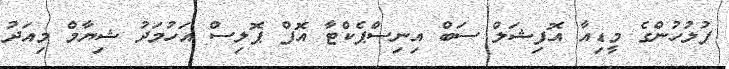
ފުލުހުންގެ މީޑިއާ އޮފިޝަލް ސަބް އިނިސްޕެކްޓާ އޮފް ޕޮލިސް އަހުމަދު ޝިޔާމް މިއަދު